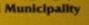
municipality